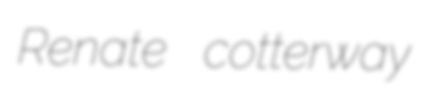
Renate cotterway